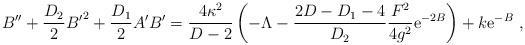
LaTeX: \begin{align*}B''+{D_2\over 2}{B'}^2+{D_1\over 2}A'B'= {4\kappa^2\over D-2}\left(-\Lambda-{2D-D_1-4\over D_2}{F^2\over 4g^2}{\rm e}^{-2B}\right)+k{\rm e}^{-B}~,\end{align*}